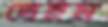
দেইম